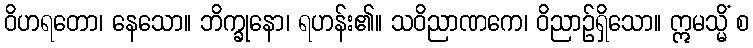
ဝိဟရတော၊ နေသော။ ဘိက္ခုနော၊ ရဟန်း၏။ သဝိညာဏကေ၊ ဝိညာဉ်ရှိသော။ ဣမသ္မိံ စ